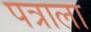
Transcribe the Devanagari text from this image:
पत्राला